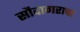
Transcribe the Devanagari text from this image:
सौदागराचा